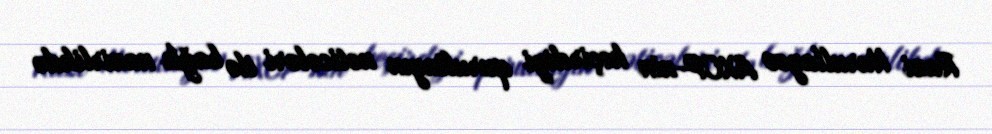
Razi Nurullayev AXCP-nin keçirdiyi qurultayın nəticələri ilə bağlı nazirlikdə